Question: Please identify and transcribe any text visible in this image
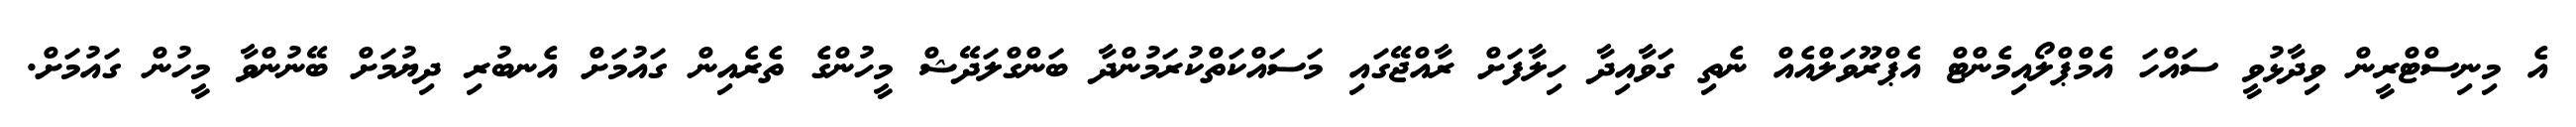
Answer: އެ މިނިސްޓްރީން ވިދާޅުވީ ސައްހަ އެމްޕްލޯއިމެންޓް އެޕްރޫވަލްއެއް ނެތި ގަވާއިދާ ހިލާފަށް ރާއްޖޭގައި މަސައްކަތްކުރަމުންދާ ބަންގްލަދޭޝް މީހުންގެ ތެރެއިން ގައުމަށް އެނބުރި ދިޔުމަށް ބޭނުންވާ މީހުން ގައުމަށް.